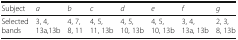
<table><thead><tr><td><b>Subject</b></td><td><b><i>a</i></b></td><td><b><i>b</i></b></td><td><b><i>c</i></b></td><td><b><i>d</i></b></td><td><b><i>e</i></b></td><td><b><i>f</i></b></td><td><b><i>g</i></b></td></tr></thead><tbody><tr><td>Selected bands</td><td>3, 4, 13a,13b</td><td>4, 7, 8, 11</td><td>4, 5, 11, 13b</td><td>4, 5, 10, 13b</td><td>4, 5, 10, 13b</td><td>3, 4, 13a, 13b</td><td>2, 3, 8, 13b</td></tr></tbody></table>